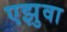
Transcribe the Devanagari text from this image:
एझुवा